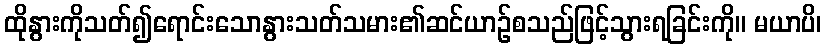
ထိုနွားကိုသတ်၍ရောင်းသောနွားသတ်သမား၏ဆင်ယာဉ်စသည်ဖြင့်သွားရခြင်းကို။ မယာပိ၊